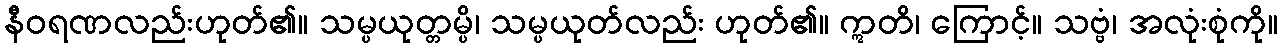
နီဝရဏလည်းဟုတ်၏။ သမ္ပယုတ္တမ္ပိ၊ သမ္ပယုတ်လည်း ဟုတ်၏။ ဣတိ၊ ကြောင့်။ သဗ္ဗံ၊ အလုံးစုံကို။